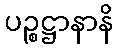
ပဉ္စဋ္ဌာနာနိ